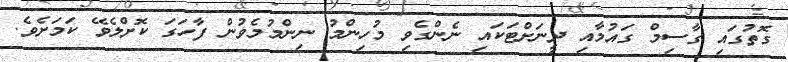
ގޮތުގައި ގާސިމް ގައުމާއި ދީނަށްޓަކައި ނެންގެވި މުހިންމު ނިންމުމެވުން ފާހަގަ ކޮށްލެވޭ ކަމަށެވެ.